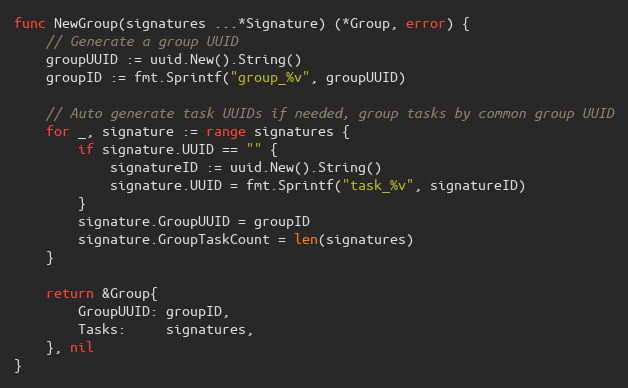
Language: Go
func NewGroup(signatures ...*Signature) (*Group, error) {
	// Generate a group UUID
	groupUUID := uuid.New().String()
	groupID := fmt.Sprintf("group_%v", groupUUID)

	// Auto generate task UUIDs if needed, group tasks by common group UUID
	for _, signature := range signatures {
		if signature.UUID == "" {
			signatureID := uuid.New().String()
			signature.UUID = fmt.Sprintf("task_%v", signatureID)
		}
		signature.GroupUUID = groupID
		signature.GroupTaskCount = len(signatures)
	}

	return &Group{
		GroupUUID: groupID,
		Tasks:     signatures,
	}, nil
}